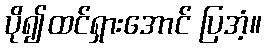
ပို၍ထင်ရှားအောင် ပြအံ့။